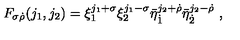
F _ { \sigma \dot { \rho } } ( j _ { 1 } , j _ { 2 } ) = \xi _ { 1 } ^ { j _ { 1 } + \sigma } \xi _ { 2 } ^ { j _ { 1 } - \sigma } \bar { \eta } _ { \dot { 1 } } ^ { j _ { 2 } + \dot { \rho } } \bar { \eta } _ { \dot { 2 } } ^ { j _ { 2 } - \dot { \rho } } \ ,